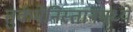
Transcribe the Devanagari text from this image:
तुर्कमेनिस्तानमध्ये